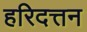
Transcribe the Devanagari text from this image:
हरिदत्तन